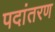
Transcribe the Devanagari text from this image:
पदांतरण